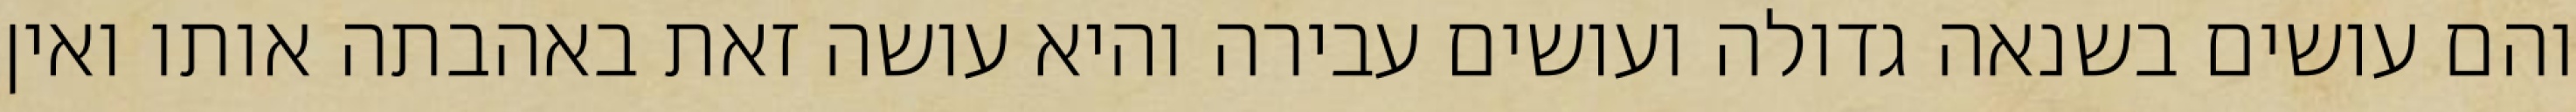
והם עושים בשנאה גדולה ועושים עבירה והיא עושה זאת באהבתה אותו ואין